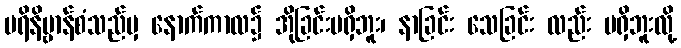
ပရိနိဗ္ဗာန်စံသည်မှ နောက်ကာလ၌ အိုခြင်းမရှိဘူး၊ နာခြင်း သေခြင်း လည်း မရှိဘူးလို့